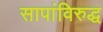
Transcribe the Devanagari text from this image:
सापांविरुद्ध